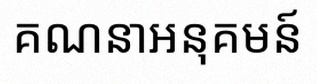
គណនាអនុគមន៍